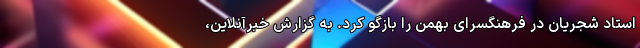
استاد شجریان در فرهنگسرای بهمن را بازگو کرد. به گزارش خبرآنلاین،